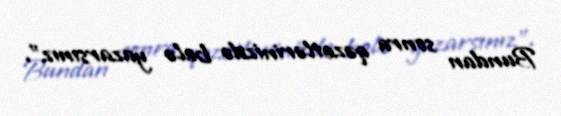
Bundan sonra qəzetlərinizdə belə yazarsınız".